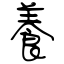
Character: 養